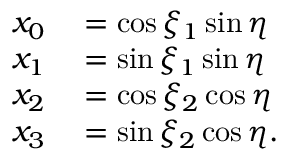
\begin{array} { r l } { x _ { 0 } } & { { } = \cos \xi _ { 1 } \sin \eta } \\ { x _ { 1 } } & { { } = \sin \xi _ { 1 } \sin \eta } \\ { x _ { 2 } } & { { } = \cos \xi _ { 2 } \cos \eta } \\ { x _ { 3 } } & { { } = \sin \xi _ { 2 } \cos \eta . } \end{array}